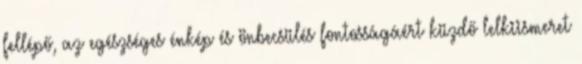
fellépő, az egészséges énkép és önbecsülés fontosságáért küzdő lelkiismeret